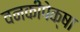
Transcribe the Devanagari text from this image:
वनकीपेक्षा